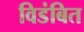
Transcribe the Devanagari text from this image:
विडंबित